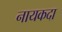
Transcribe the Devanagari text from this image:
नायकदा